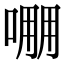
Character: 𠺔